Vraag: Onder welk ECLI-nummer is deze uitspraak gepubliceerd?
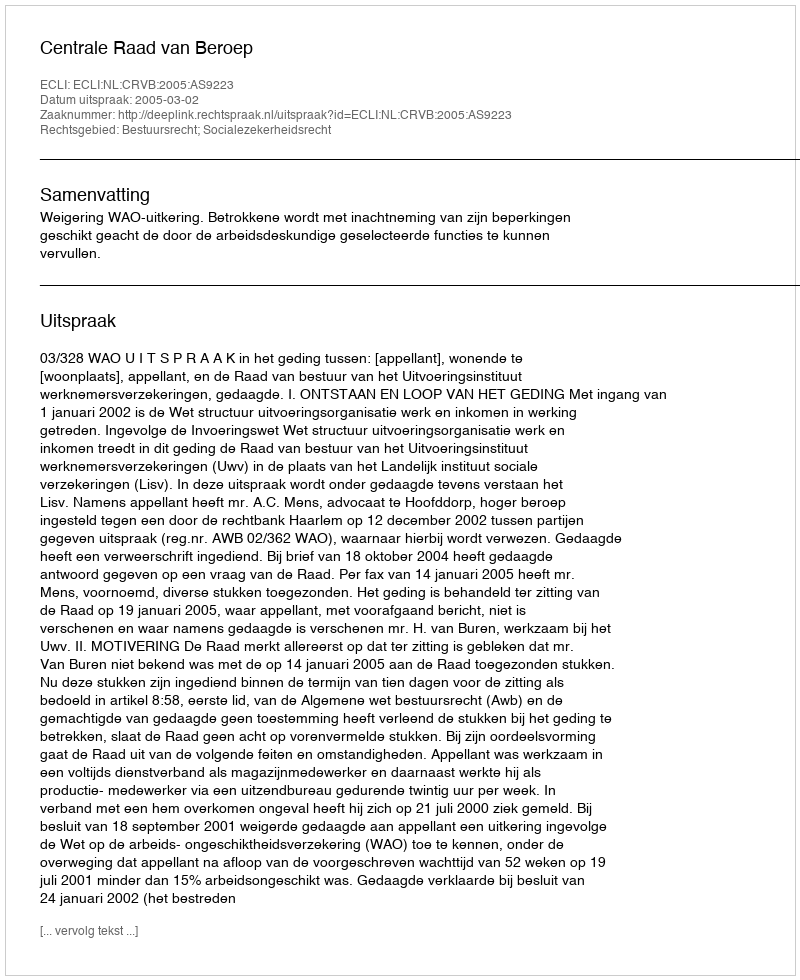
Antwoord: ECLI:NL:CRVB:2005:AS9223